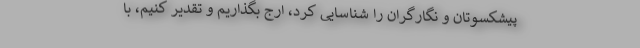
پیشکسوتان و نگارگران را شناسایی کرد، ارج بگذاریم و تقدیر کنیم، با